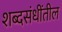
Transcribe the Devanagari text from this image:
शब्दसंधींतील